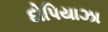
દોપિયાઝા